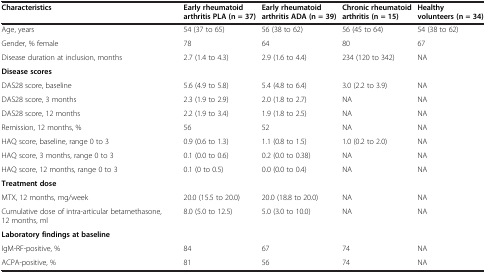
<table><thead><tr><td><b>Characteristics</b></td><td><b>Early rheumatoid arthritis PLA (n = 37)</b></td><td><b>Early rheumatoid arthritis ADA (n = 39)</b></td><td><b>Chronic rheumatoid arthritis (n = 15)</b></td><td><b>Healthy volunteers (n = 34)</b></td></tr></thead><tbody><tr><td>Age, years</td><td>54 (37 to 65)</td><td>56 (38 to 62)</td><td>56 (45 to 64)</td><td>54 (38 to 62)</td></tr><tr><td>Gender, % female</td><td>78</td><td>64</td><td>80</td><td>67</td></tr><tr><td>Disease duration at inclusion, months</td><td>2.7 (1.4 to 4.3)</td><td>2.9 (1.6 to 4.4)</td><td>234 (120 to 342)</td><td>NA</td></tr><tr><td><b>Disease scores</b></td><td></td><td></td><td></td><td></td></tr><tr><td>DAS28 score, baseline</td><td>5.6 (4.9 to 5.8)</td><td>5.4 (4.8 to 6.4)</td><td>3.0 (2.2 to 3.9)</td><td>NA</td></tr><tr><td>DAS28 score, 3 months</td><td>2.3 (1.9 to 2.9)</td><td>2.0 (1.8 to 2.7)</td><td>NA</td><td>NA</td></tr><tr><td>DAS28 score, 12 months</td><td>2.2 (1.9 to 3.4)</td><td>1.9 (1.8 to 2.5)</td><td>NA</td><td>NA</td></tr><tr><td>Remission, 12 months, %</td><td>56</td><td>52</td><td>NA</td><td>NA</td></tr><tr><td>HAQ score, baseline, range 0 to 3</td><td>0.9 (0.6 to 1.3)</td><td>1.1 (0.8 to 1.5)</td><td>1.0 (0.2 to 2.0)</td><td>NA</td></tr><tr><td>HAQ score, 3 months, range 0 to 3</td><td>0.1 (0.0 to 0.6)</td><td>0.2 (0.0 to 0.38)</td><td>NA</td><td>NA</td></tr><tr><td>HAQ score, 12 months, range 0 to 3</td><td>0.1 (0 to 0.5)</td><td>0.0 (0.0 to 0.4)</td><td>NA</td><td>NA</td></tr><tr><td><b>Treatment dose</b></td><td></td><td></td><td></td><td></td></tr><tr><td>MTX, 12 months, mg/week</td><td>20.0 (15.5 to 20.0)</td><td>20.0 (18.8 to 20.0)</td><td>NA</td><td>NA</td></tr><tr><td>Cumulative dose of intra-articular betamethasone, 12 months, ml</td><td>8.0 (5.0 to 12.5)</td><td>5.0 (3.0 to 10.0)</td><td>NA</td><td>NA</td></tr><tr><td><b>Laboratory findings at baseline</b></td><td></td><td></td><td></td><td></td></tr><tr><td>IgM-RF-positive, %</td><td>84</td><td>67</td><td>74</td><td>NA</td></tr><tr><td>ACPA-positive, %</td><td>81</td><td>56</td><td>74</td><td>NA</td></tr></tbody></table>